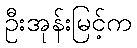
ဦးအုန်းမြင့်က